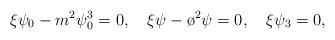
LaTeX: \begin{align*} \xi\psi_0-m^2\psi_0^3=0, \quad \xi\psi-\o^2\psi=0, \quad \xi\psi_3=0,\end{align*}